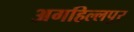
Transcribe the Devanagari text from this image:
अगहिल्लपुर